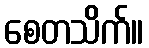
စေတသိက်။